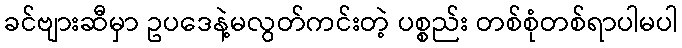
ခင်ဗျားဆီမှာ ဥပဒေနဲ့မလွတ်ကင်းတဲ့ ပစ္စည်း တစ်စုံတစ်ရာပါမပါ